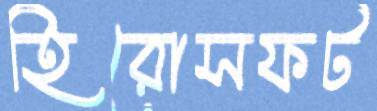
হিরোসফট